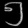
Digit: ၅